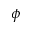
\phi